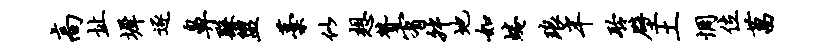
高址墀逐鼻繇盥藁似想赞宥舛地如蜷琅半聆壁土惆位菖